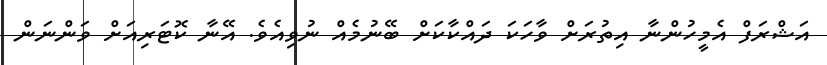
އަޝްރަފް އެމީހުންނާ އިތުރަށް ވާހަކަ ދައްކާކަށް ބޭނުމެއް ނުވިއެވެ. އޭނާ ކޮޓަރިއަށް ވަންނަން